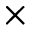
\times